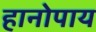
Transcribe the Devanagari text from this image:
हानोपाय